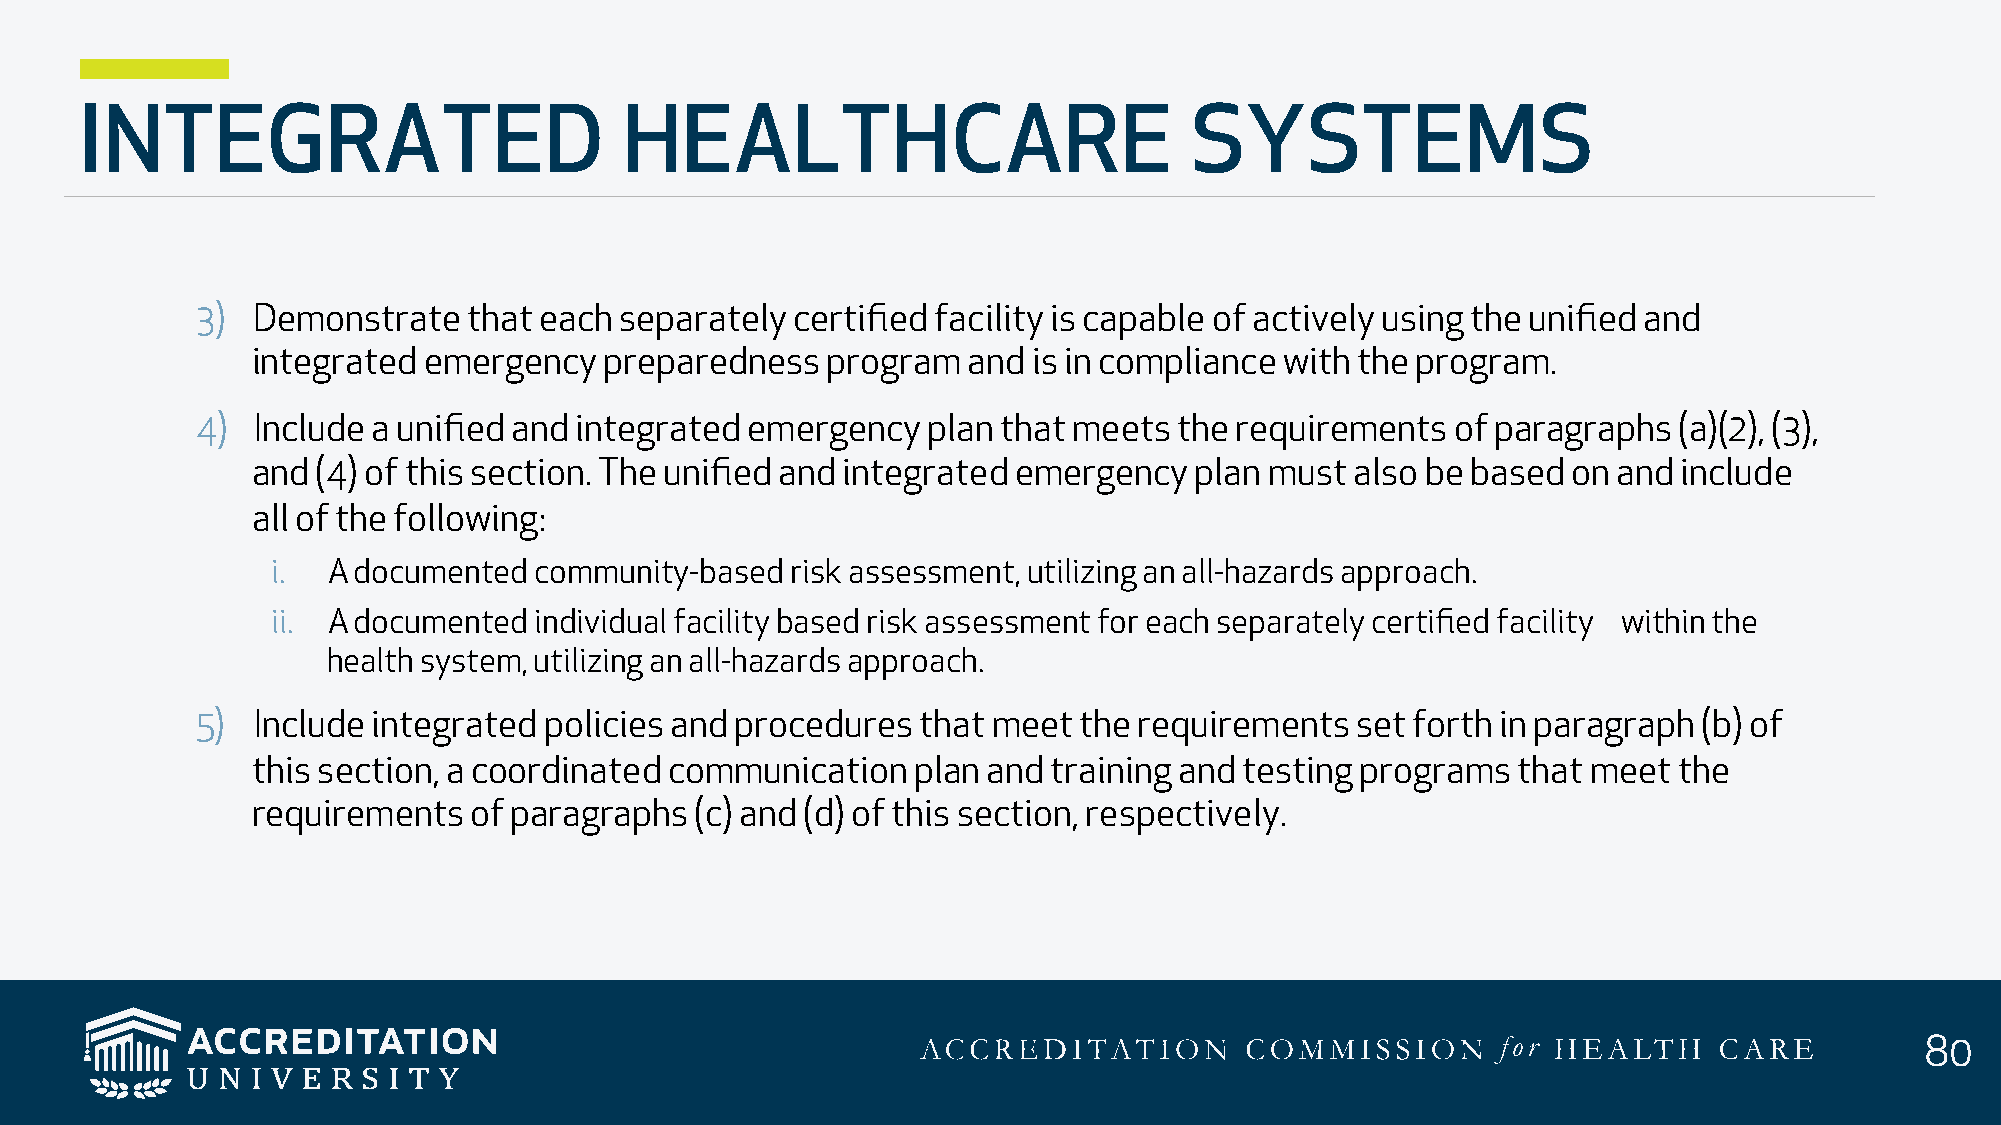
INTEGRATED                          HEALTHCARE                            SYSTEMS
 3)  Demonstrate   that each separately  certified facility is capable of actively using the unified and
 integrated emergency   preparedness   program  and is in compliance with the program.
 4)  Include a unified and integrated emergency  plan that meets  the requirements  of paragraphs  (a)(2), (3),
 and (4) of this section. The unified and integrated emergency plan must  also be based on and include
 all of the following:
 i.  A documented community-based  risk assessment, utilizing an all-hazards approach.
 ii. A documented individual facility based risk assessment for each separately certified facility within the
 health system, utilizing an all-hazards approach.
 5)  Include integrated policies and procedures  that meet the requirements   set forth in paragraph (b) of
 this section, a coordinated communication   plan and training and testing programs that meet  the
 requirements  of paragraphs  (c) and (d) of this section, respectively.
 80